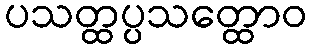
ပသတ္ထပ္ပသတ္ထောဝ